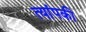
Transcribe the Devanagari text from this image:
त्यांपकी